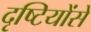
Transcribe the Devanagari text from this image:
दृष्टियोंसे